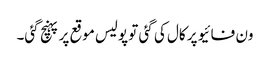
ون فائیو پر کال کی گئی تو پولیس موقع پر پہنچ گئی۔